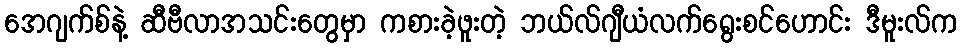
အေဂျက်စ်နဲ့ ဆီဗီလာအသင်းတွေမှာ ကစားခဲ့ဖူးတဲ့ ဘယ်လ်ဂျီယံလက်ရွေးစင်ဟောင်း ဒီမူးလ်က